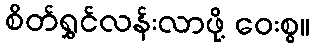
စိတ်ရွှင်လန်းလာဖို့ ဝေးစွ။